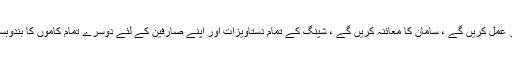
ہم احکامات پر عمل کریں گے ، سامان کا معائنہ کریں گے ، شپنگ کے تمام دستاویزات اور اپنے صارفین کے لئے دوسرے تمام کاموں کا بندوبست کریں گے۔